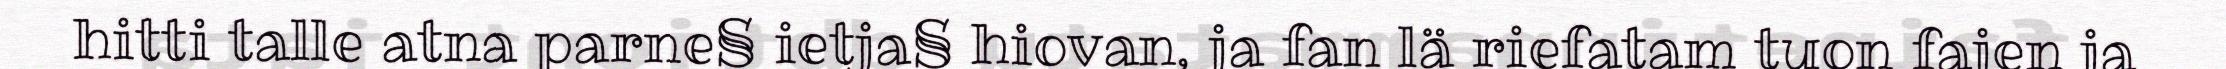
hitti talle atna parne§ ietja§ hiovan, ja fan lä riefatam tuon fajen ja